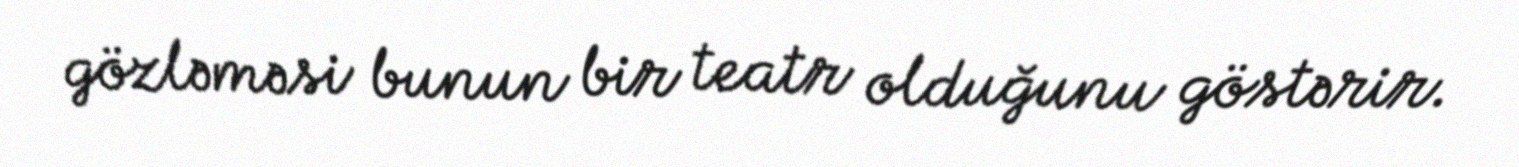
gözləməsi bunun bir teatr olduğunu göstərir.